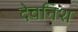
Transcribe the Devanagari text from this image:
देवनिश